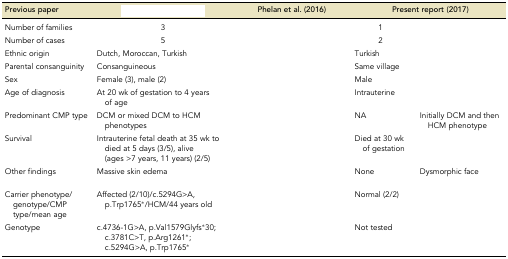
<table><thead><tr><td><b>Previous paper</b></td><td>[EMPTY_CELL]</td><td><b>Phelan et al. (2016)</b></td><td colspan="2"><b>Present report (2017)</b></td></tr></thead><tbody><tr><td>Number of families</td><td>3</td><td>[EMPTY_CELL]</td><td colspan="2">1</td></tr><tr><td>Number of cases</td><td>5</td><td>[EMPTY_CELL]</td><td colspan="2">2</td></tr><tr><td>Ethnic origin</td><td>Dutch, Moroccan, Turkish</td><td>[EMPTY_CELL]</td><td colspan="2">Turkish</td></tr><tr><td>Parental consanguinity</td><td>Consanguineous</td><td>[EMPTY_CELL]</td><td colspan="2">Same village</td></tr><tr><td>Sex</td><td>Female (3), male (2)</td><td>[EMPTY_CELL]</td><td>Male</td><td>[EMPTY_CELL]</td></tr><tr><td>Age of diagnosis</td><td>At 20 wk of gestation to 4 years of age</td><td>[EMPTY_CELL]</td><td>Intrauterine</td><td>[EMPTY_CELL]</td></tr><tr><td>Predominant CMP type</td><td>DCM or mixed DCM to HCM phenotypes</td><td>[EMPTY_CELL]</td><td>NA</td><td>Initially DCM and then HCM phenotype</td></tr><tr><td>Survival</td><td>Intrauterine fetal death at 35 wk to died at 5 days (3/5), alive (ages &gt;7 years, 11 years) (2/5)</td><td>[EMPTY_CELL]</td><td>Died at 30 wk of gestation</td><td>[EMPTY_CELL]</td></tr><tr><td>Other findings</td><td>Massive skin edema</td><td>[EMPTY_CELL]</td><td>None</td><td>Dysmorphic face</td></tr><tr><td>Carrier phenotype/genotype/CMP type/mean age</td><td>Affected (2/10)/c.5294G&gt;A, p.Trp1765*/HCM/44 years old</td><td>[EMPTY_CELL]</td><td colspan="2">Normal (2/2)</td></tr><tr><td>Genotype</td><td>c.4736-1G&gt;A, p.Val1579Glyfs*30; c.3781C&gt;T, p.Arg1261*; c.5294G&gt;A, p.Trp1765*</td><td>[EMPTY_CELL]</td><td>Not tested</td><td>[EMPTY_CELL]</td></tr></tbody></table>